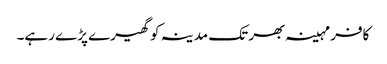
کافر مہینہ بھر تک مدینہ کو گھیرے پڑے رہے۔